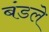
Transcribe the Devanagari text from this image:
बंडले